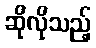
ဆိုလိုသည့်